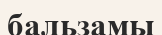
бальзамы